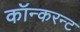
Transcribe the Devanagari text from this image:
कॉन्करन्ट